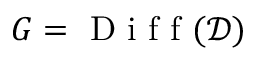
G = \mathrm { ~ D ~ i ~ f ~ f ~ } ( \mathcal { D } )